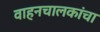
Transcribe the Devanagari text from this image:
वाहनचालकांचा